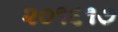
૨૦૧૬૧૭